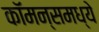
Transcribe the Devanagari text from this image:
कॉमन्समध्ये